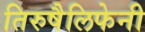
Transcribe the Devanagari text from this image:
तिरुषैलिफेनी